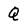
Character: Q